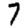
Digit: 7